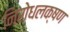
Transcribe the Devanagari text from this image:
निरोधलक्षण